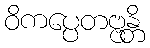
ဝိကပ္ပေတဗ္ဗန္တိ